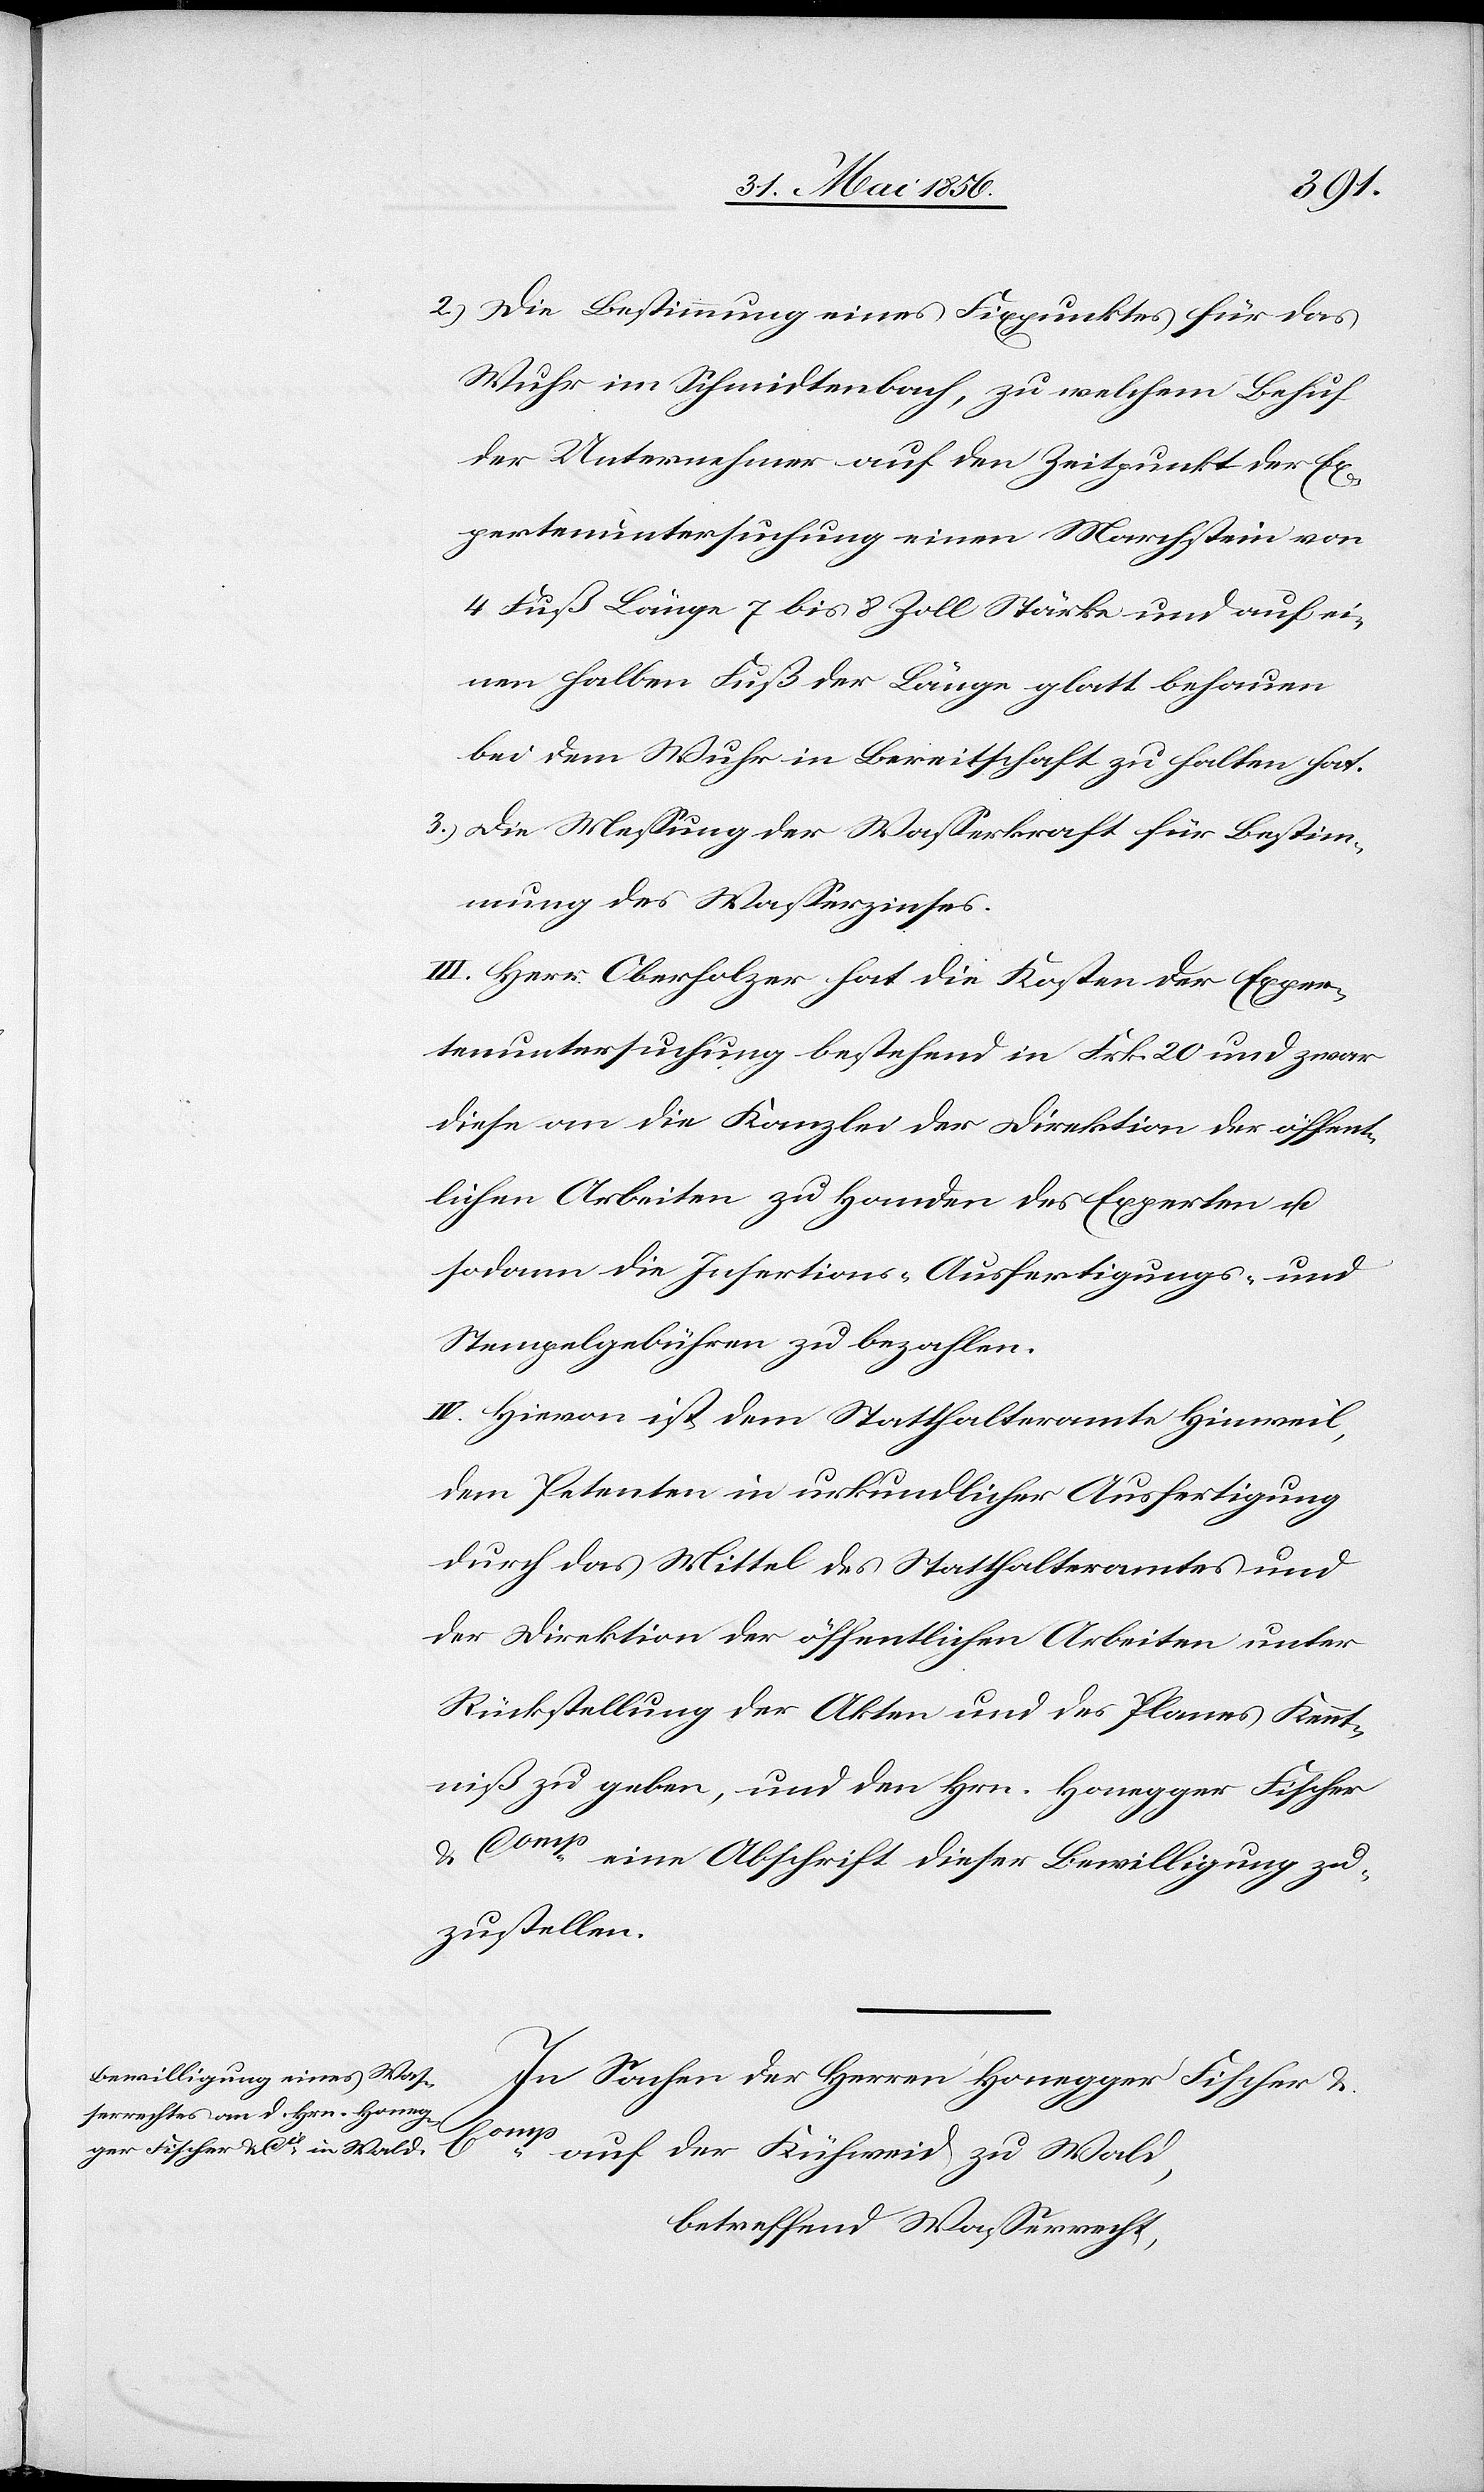
2.) Die Bestimmung eines Fixpunktes für das
Wuhr im Schmidtenbach, zu welchem Behuf
der Unternehmer auf den Zeitpunkt der Ex¬
pertenuntersuchung einen Marchstein von
4 Fuß Länge 7 bis 8 Zoll Stärke und auf ei¬
nen halben Fuß der Länge glatt behauen
bei dem Wuhr in Bereitschaft zu halten hat.
3.) Die Messung der Wasserkraft für Bestim¬
mung des Wasserzinses.
III. Herr Oberholzer hat die Kosten der Exper¬
tenuntersuchung bestehend in Frk. 20 und zwar
diese an die Kanzlei der Direktion der öffent¬
lichen Arbeiten zu Handen des Experten u.
sodann die Insertions- [,] Ausfertigungs- und
Stempelgebühren zu bezahlen.
IV. Hievon ist dem Statthalteramte Hinweil,
dem Petenten in urkundlicher Ausfertigung
durch das Mittel des Statthalteramtes und
der Direktion der öffentlichen Arbeiten unter
Rückstellung der Akten und des Planes Kennt¬
niß zu geben, und den Hrn. Honegger Fischer
& Comp eine Abschrift dieser Bewilligung zu¬
zustellen.
In Sachen der Herren Honegger Fischer &
auf der Kühweid zu Wald,
betreffend Wasserrecht,